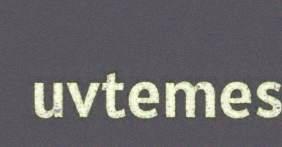
uvtemes